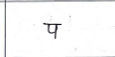
मजकूर: प